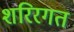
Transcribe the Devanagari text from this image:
शरिरगत